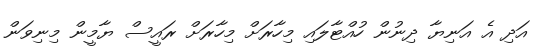
އަދި އެ އަނިޔާ ދިނުން ހުއްޓާލައި މިހާރަށް މިހާރަށް ރައީސް ޔާމީން މިނިވަން